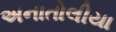
અનાતોલીયા